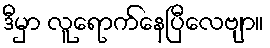
ဒီမှာ လူရောက်နေပြီလေဗျာ။